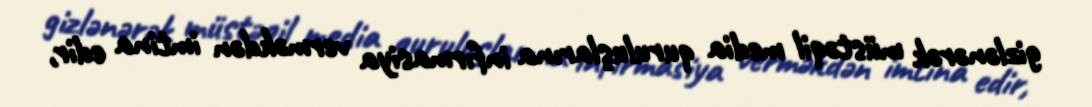
gizlənərək müstəqil media quruluşlarına infırmasiya verməkdən imtina edir,